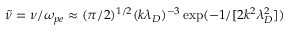
\tilde { \nu } = \nu / \omega _ { p e } \approx ( \pi / 2 ) ^ { 1 / 2 } ( k \lambda _ { D } ) ^ { - 3 } \exp ( - 1 / [ 2 k ^ { 2 } \lambda _ { D } ^ { 2 } ] )